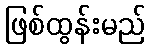
ဖြစ်ထွန်းမည်